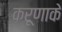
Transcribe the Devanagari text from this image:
करूणाके